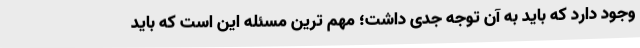
وجود دارد که باید به آن توجه جدی داشت؛ مهم ترین مسئله این است که باید